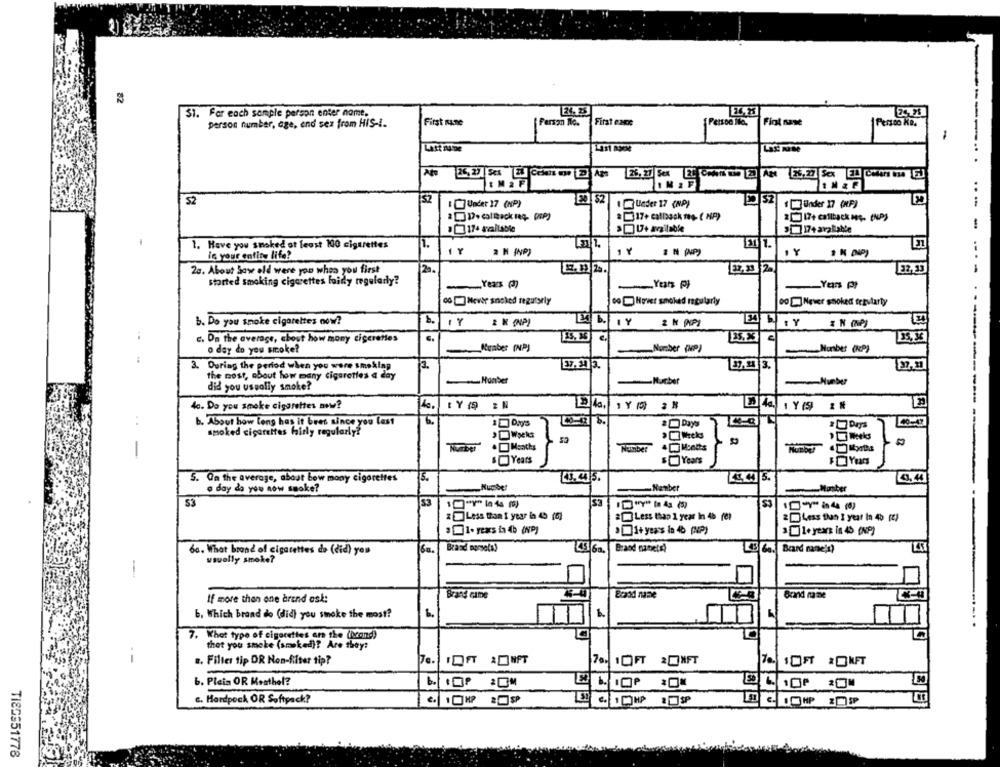
82
$1. For each sample person enter name.
24. 25
26,23
person number, age, end sex from HIS -!.
First name
[ Fersan No.
Firat exe
Flot nase
Persco KR.
Last ruine
E .. 52
52
52
I Vadet 17 (NP)
Under 17 (NP)
Under 17 (MP)
...
#317+ callback fog ( NP)
17+ Available
17+ avalable
1. Have you smoked at least 100 cigarettes
in your entire life?
1Y
2 H (NP)
1Y
2 N (NP)
20. About Saw old were you when you first
120.
32, 33 2.
32,33
----
started smoking cigarettes laidy regularly?
-Years ()
Yars pt
co Never snoked regularly
00Hovet smoked regularly
00Never snoked terstarty
b. Do you snoke cigarettes now?
54
& N (AP)
c. Da the average, chout how many cigarettes
o day do you smoke?
Number (NP)
_Number (NP)
3. During the period when you were smoking
1
37.4 3.
the most, about how many cigarettes a day
-Hunter
did you usually smoke?
4c. Do you smoke cigarettes av?
14a.
. .
b. About how long has it bres since you last
6.
2 Days
2 Days
smoked cigarettes fairly regularly?
, Weeks
· Weeks
Number
-
Number
Years
5Years
15.
5. On the average, about bow mony cigarettes
41.45.
434 5.
a day da you now smoke?
-Number
Hanber
Moster
53
10""" 6 4 m)
53
& Less than 1 year In 46 (0)
60. What brand of cigarettes do (did) you
Brand morsels!
451 6a.
45 6a. Board nane's)
usually smoke?
Brand came
Bcadd name
Brand name
If more than one brand ask:
b, Which brand do (did) you smoke the most?
----. .
7. What type of cigarettes ers the (locand)
LA
thot you smoke (smoked)? Are they:
.. Filter tip OR Non-filter tip?
b. Pleis OR Mesthel?
c. Hardpech OR Softpack?
3 . 1 HP
TIEGS51778